Report of the Indian Hemp Drugs Commission, 1894-1895 - Volume VII
Year: 1894
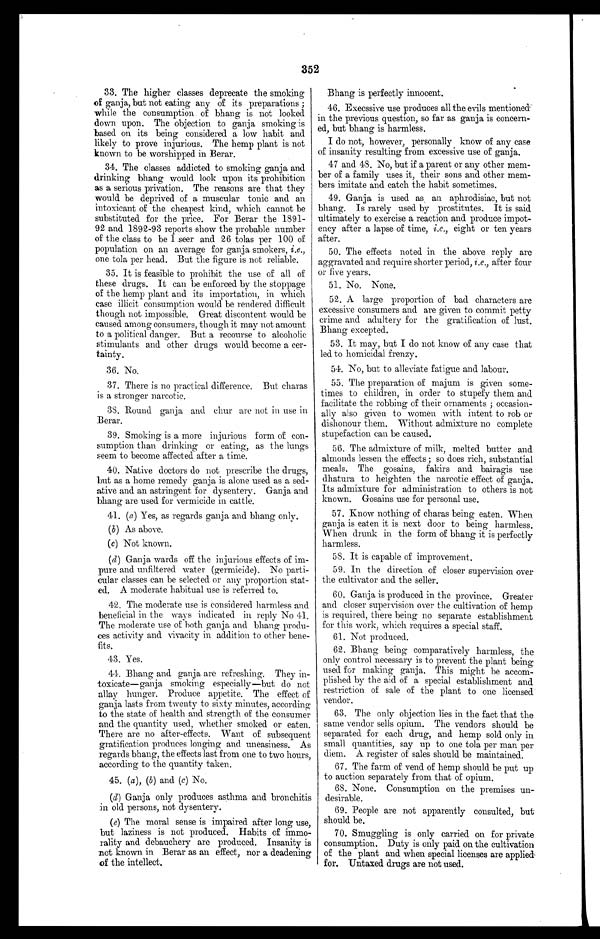
352
33. The higher classes deprecate the smoking
of ganja, but not eating any of its preparations ;
while the consumption of bhang is not looked
down upon. The objection to ganja smoking is
based on its being considered a low habit and
likely to prove injurious. The hemp plant is not
known to be worshipped in Berar.
34. The classes addicted to smoking ganja and
drinking bhang would look upon its prohibition
as a serious privation. The reasons are that they
would be deprived of a muscular tonic and an
intoxicant of the cheapest kind, which cannot be
substituted for the price. For Berar the 1891-
92 and 1892-93 reports show the probable number
of the class to be 1 seer -and 26 tolas per 100 of
population on an average for ganja smokers, i.e .,
one tola per head. But the figure is not reliable.
35. It is feasible to prohibit the use of all of
these drugs. It can be enforced by the stoppage
of the hemp plant and its importation, in which
case illicit consumption would be rendered difficult
though not impossible. Great discontent would be
caused among consumers, though it may not amount
to a political danger. But a recourse to alcoholic
stimulants and other drugs would become a cer-
tainty.
36. No.
37. There is no practical difference. But charas
is a stronger narcotic.
38. Round ganja and chur are not in use in
Berar.
39. Smoking is a more injurious form of con-
sumption than drinking or eating, as the lungs
seem to become affected after a time.
40. Native doctors do not prescribe the drugs,
but as a home remedy ganja is alone used as a sed-
ative and an astringent for dysentery. Ganja and
bhang are used for vermicide in cattle.
41. (a) Yes, as regards ganja and bhang only.
(b) As above.
(c) Not known.
(d)Ganja wards off the injurious effects of im-
pure and unfiltered water (germicide). No parti-
cular classes can be selected or any proportion stat-
ed. A moderate habitual use is referred to.
42. The moderate use is considered harmless and
beneficial in the ways indicated in reply No 41.
The moderate use of both ganja and bhang produ-
ces activity and vivacity in addition to other bene-
fits.
43. Yes.
44. Bhang and ganja are refreshing. They in-
toxicate—ganja smoking especially—but do not
allay hunger. Produce appetite. The effect of
ganja lasts from twenty to sixty minutes, according
to the state of health and strength of the consumer
and the quantity used, whether smoked or eaten.
There are no after-effects. Want of subsequent
gratification produces longing and uneasiness. As
regards bhang, the effects last from one to two hours,
according to the quantity taken.
45. (a ), (b) and (c) No.
(d) Ganja only produces asthma and bronchitis
in old persons, not dysentery.
(e) The moral sense is impaired after long use,
but laziness is not produced. Habits of immo-
rality and debauchery are produced. Insanity is
riot known in Berar as an effect, nor a deadening
of the intellect.
Bhang is perfectly innocent.
46. Execssive use produces all the evils mentioned
in the previous question, so far as ganja is concern-
ed, but bhang is harmless.
I do not, however, personally know of any case
of insanity resulting from excessive use of ganja.
47 and 48. No, but if a parent or any other mem-
ber of a family uses it, their sons and other mem-
bers imitate and catch the habit sometimes.
49. Ganja is used as an aphrodisiac, but not
bhang. Is rarely used by prostitutes. It is said
ultimately to exercise a reaction and produce impot-
ency after a lapse of time, i.e ., eight or ten years
after.
50. The effects noted in the above reply are
aggravated and require shorter period, i.e ., after four
or five years.
51. No. None.
52. A large proportion of bad characters are
excessive consumers and are given to commit petty
crime and adultery for the gratification of lust.
Bhang excepted.
53. It may, but I do not know of any case that
led to homicidal frenzy.
54. No, but to alleviate fatigue and labour.
55. The preparation of majum is given some-
times to children, in order to stupefy them and
facilitate the robbing of their ornaments ; occasion-
ally also given to women with intent to rob or
dishonour them. Without admixture no complete
stupefaction can be caused.
56. The admixture of milk, melted butter and
almonds lessen the effects ; so does rich, substantial
meals. The gosains, fakirs and bairagis use
dhatura to heighten the narcotic effect of ganja.
Its admixture for administration to others is not
known. Gosains use for personal use.
57. Know nothing of charas being eaten. When
ganja is eaten it is next door to being harmless.
When drunk in the form of bhang it is perfectly
harmless.
58. It is capable of improvement.
59. In the direction of closer supervision over
the cultivator and the seller
.
60. Ganja is produced in the province. Greater
and closer supervision over the cultivation of hemp
is required, there being no separate establishment
for this work, which requires a special staff.
61. Not produced
.
62. Bhang being comparatively harmless, the
only control necessary is to prevent the plant being
used for making ganja. This might be accom-
plished by the aid of a special establishment and
restriction of sale of the plant to one licensed
vendor.
63. The only objection lies in the fact that the
same vendor sells opium. The vendors should be
separated for each drug, and hemp sold only in
small quantities, say up to one tola per man per
diem. A register of sales should be maintained.
67. The farm of vend of hemp should be put up
to auction separately from that of opium.
68. None, Consumption on the premises un-
desirable.
69. People are not apparently consulted, but
should be.
70. Smuggling is only carried on for private
consumption. Duty is only paid on the cultivation
of the plant and when special licenses are applied
for. Untaxed drugs are not used.